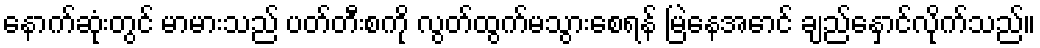
နောက်ဆုံးတွင် မာမားသည် ပတ်တီးစကို လွတ်ထွက်မသွားစေရန် မြဲနေအောင် ချည်နှောင်လိုက်သည်။